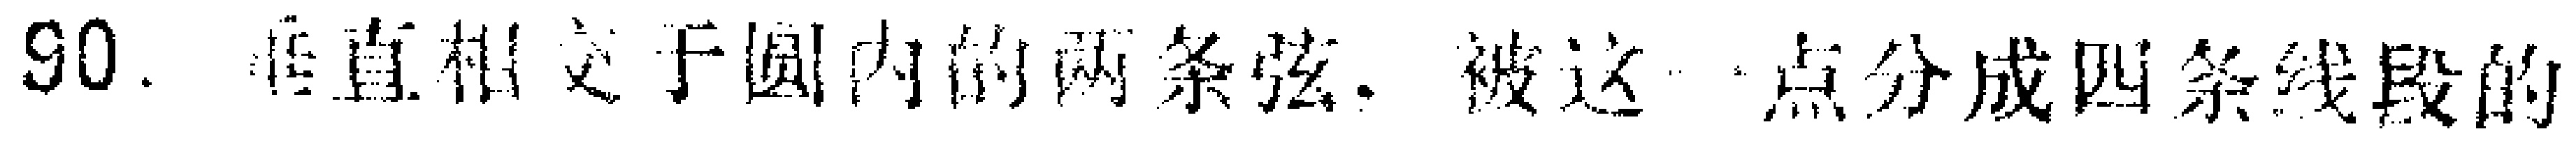
90. 垂直相交于圆内的两条弦，被这一点分成四条线段的